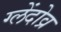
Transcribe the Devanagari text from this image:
ग्लेंदोव्र